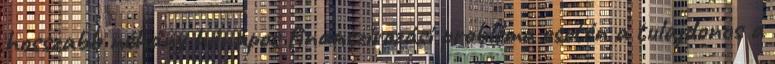
hosszabb néhány hónapos finanszírozási probléma esetén a tulajdonos a